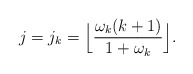
\begin{align*}j = j_k = \Big\lfloor \frac{\omega_k (k+1)}{1+\omega_k} \Big\rfloor.\end{align*}